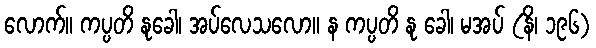
လောက်။ ကပ္ပတိ နုခေါ၊ အပ်လေသလော။ န ကပ္ပတိ နု ခေါ၊ မအပ် (နိ၊ ၁၉၆)